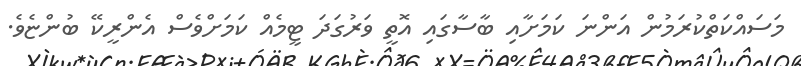
މަސައްކަތްކުރަމުން އަންނަ ކަމަށާއި ބާސާގައި އޮތީ ވަރުގަދަ ޓީމެއް ކަމަށްވެސް އެންރީކޭ ބުންޏެވެ.